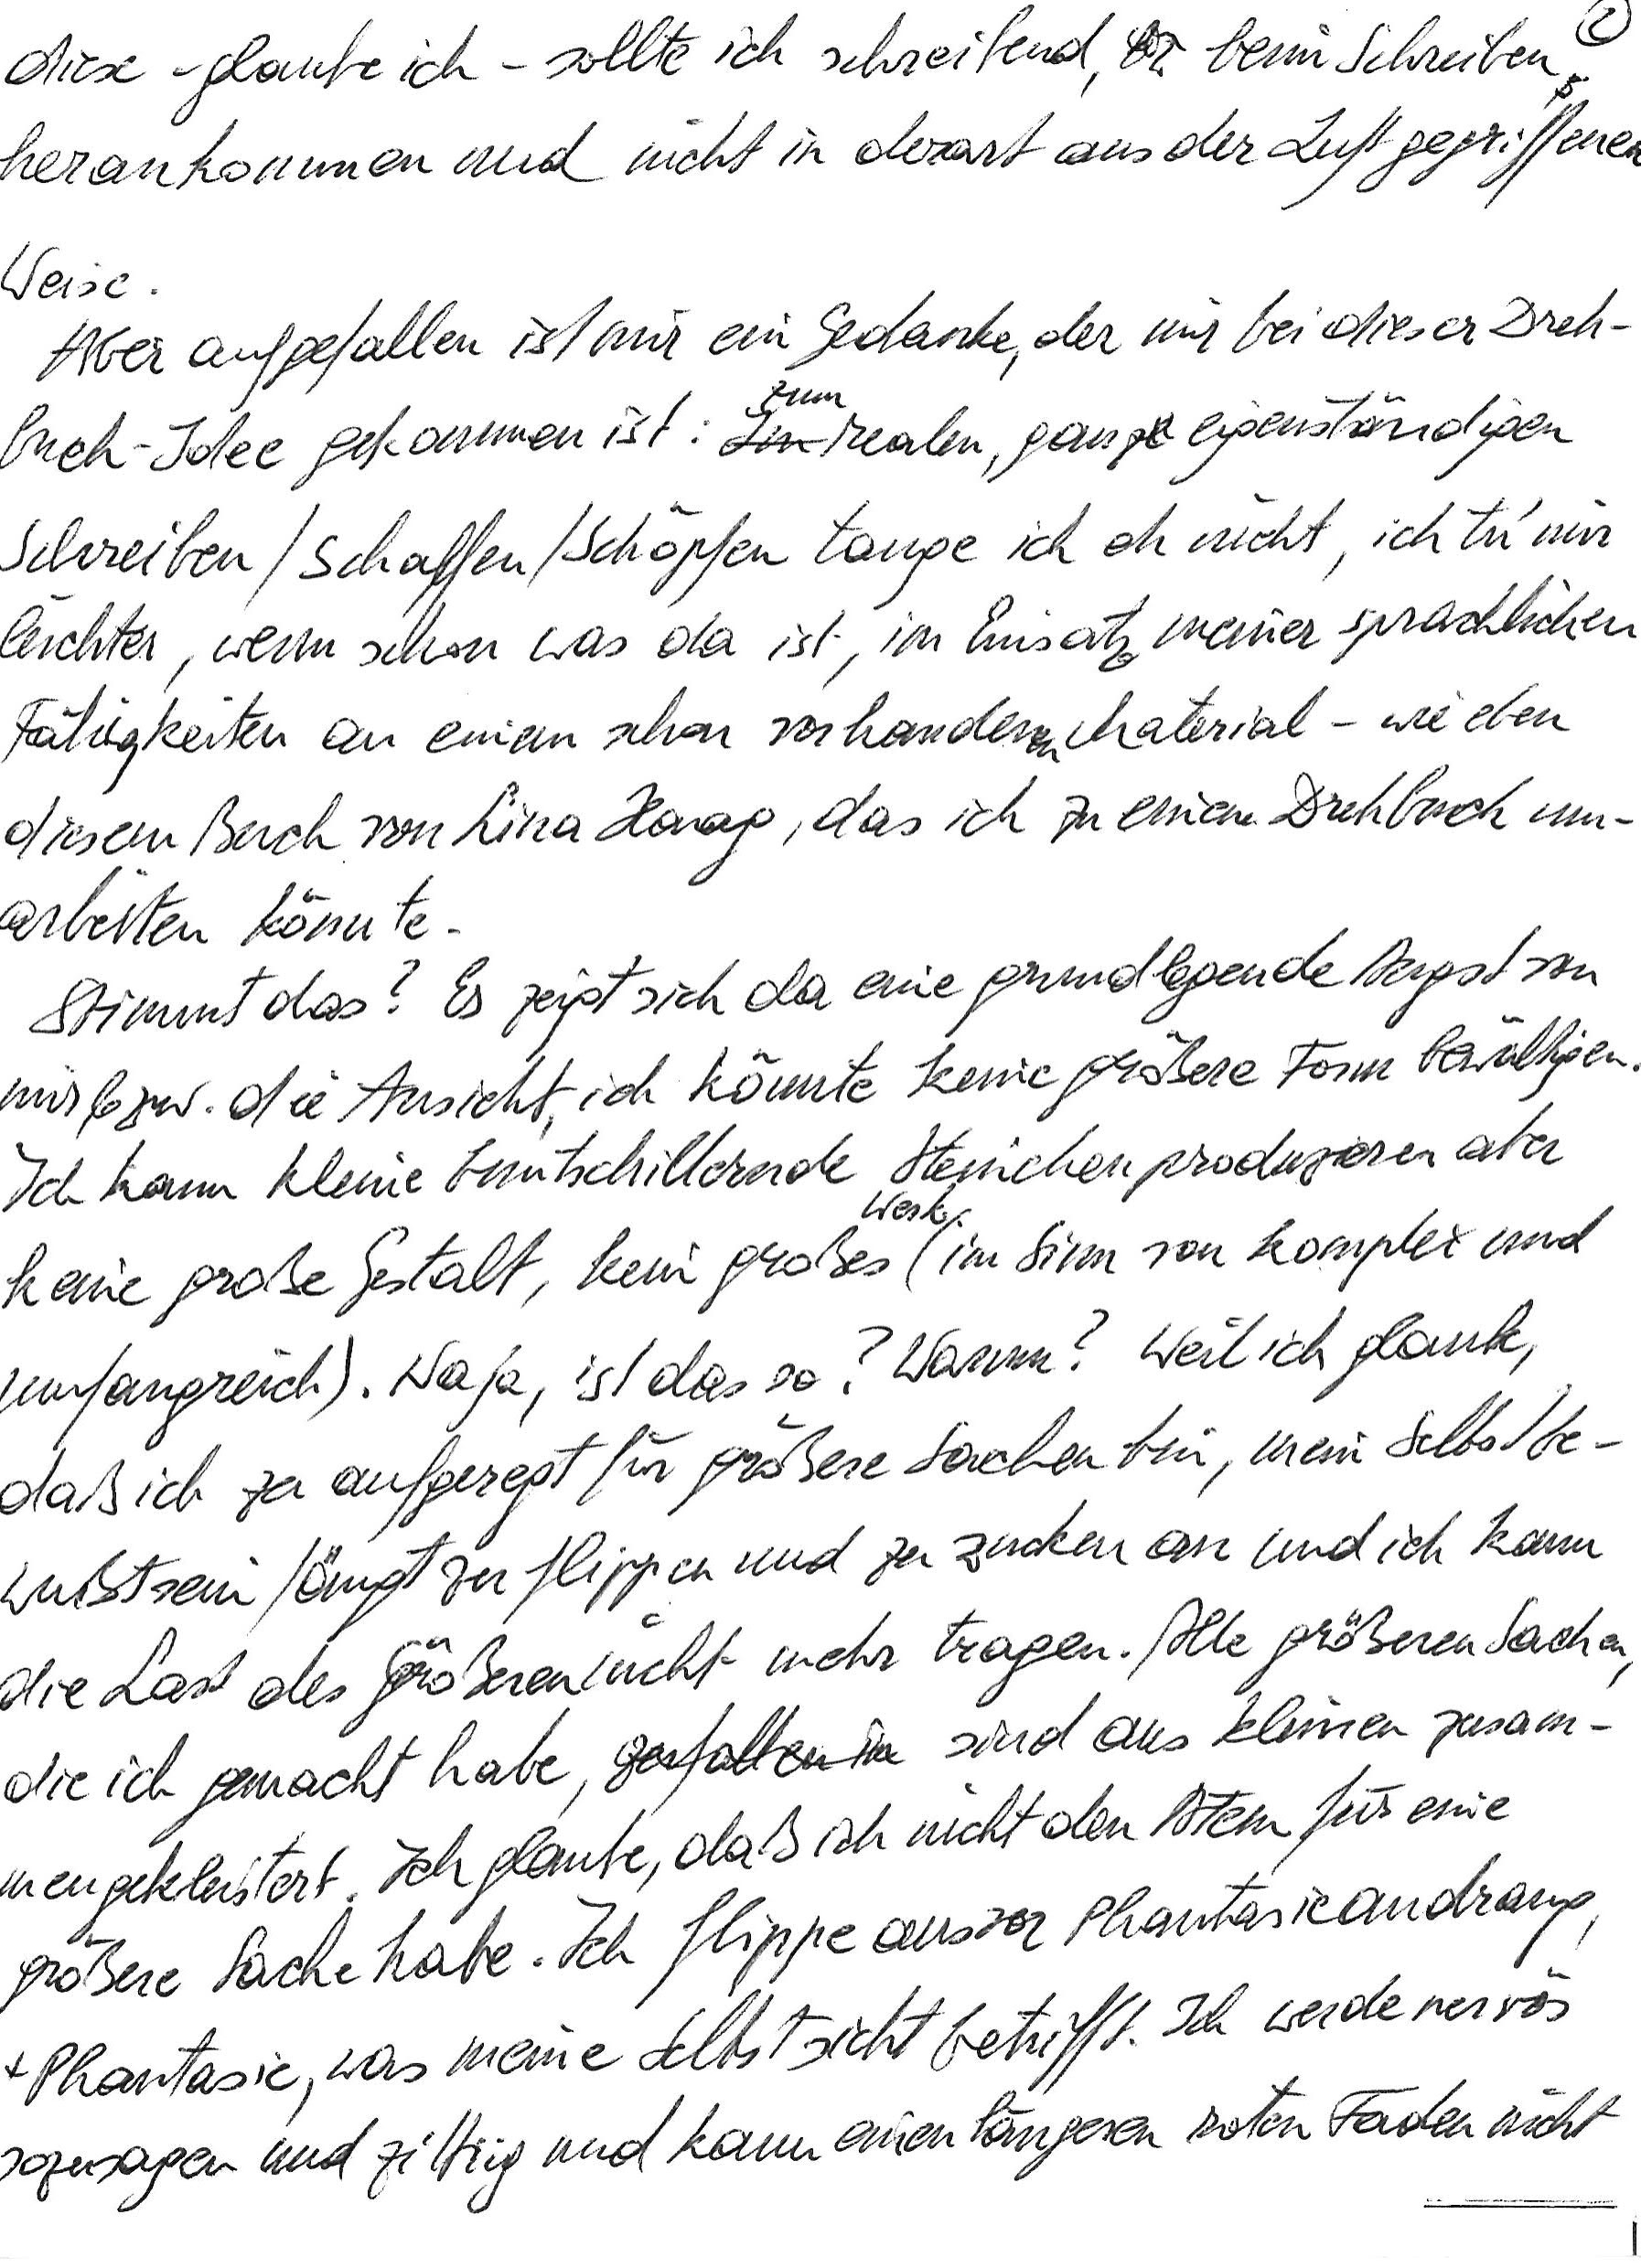
diese – glaube ich – sollte ich schreibend, beim Schreiben
herankommen und nicht in derart aus der Luft gegriffenen
Weise.
Aber aufgefallen ist mir ein Gedanke, der mir bei dieser Dreh-
buch-Idee gekommen ist: Zum realen, ganz eigenständigen
Schreiben/Schaffen/Schöpfen tauge ich eh nicht, ich tu‘ mir
leichter, wenn schon was da ist, im Einsatz meiner sprachlichen
Fähigkeiten an einem schon vorhandenen Material – wie eben
diesem Buch von Lina Haag, das ich zu einem Drehbuch um-
arbeiten könnte.
Stimmt das? Es zeigt sich da eine grundlegende Angst von
mir, bzw. die Ansicht, ich könnte keine größere Form bewältigen.
Ich kann kleine buntschillernde Steinchen produzieren aber
keine große Gestalt, kein großes Werk (im Sinn von komplex und
umfangreich). Naja, ist das so? Warum? Weil ich glaube,
daß ich zu aufgeregt für größere Sachen bin, mein Selbstbe-
wußtsein fängt zu flippen und zu zucken an und ich kann
die Last des Größeren nicht mehr tragen. Alle größeren Sachen,
die ich gemacht habe, sind aus kleinen zusam-
mengekleistert. Ich glaube, daß ich nicht den Atem für eine
größere Sache habe. Ich flippe aus vor Phantasieandrang,
Phantasie, was meine Selbstsicht betrifft. ich werde nervös
sozusagen und zittrig und kann einen längeren roten Faden nicht